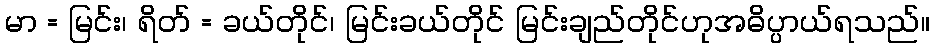
မာ = မြင်း၊ ရိတ် = ခယ်တိုင်၊ မြင်းခယ်တိုင် မြင်းချည်တိုင်ဟုအဓိပ္ပာယ်ရသည်။